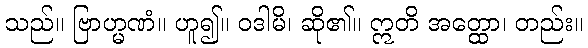
သည်။ ဗြာဟ္မဏံ။ ဟူ၍။ ဝဒါမိ၊ ဆို၏။ ဣတိ အတ္ထော၊ တည်း။